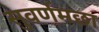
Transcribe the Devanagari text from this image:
सुवर्णमछा